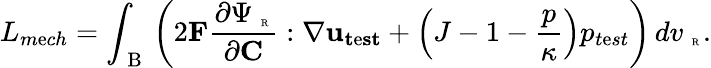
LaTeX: L_{m\mathrm{e}ch}=\int_{\mathrm{{~B~}}}\left(2\mathbf{{F}}\frac{{\partial\Psi_{\mathrm{{~\tiny~R~}}}}}{{\partial\mathbf{{C}}}}:\nabla\mathbf{{u_{t\mathrm{e}st}}}+\left(J-1-\frac{{p}}{{\kappa}}\right){p_{t\mathrm{e}st}}\right)\, dv_{\mathrm{{~\tiny~R~}}}.